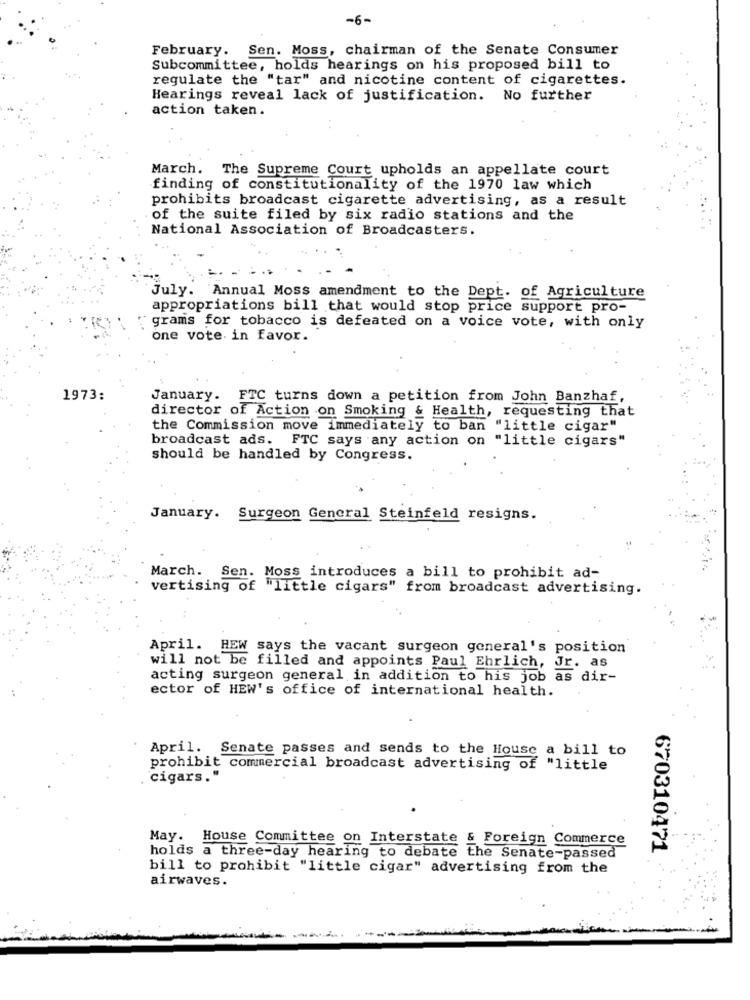
-6-
February. Sen. Moss, chairman of the Senate Consumer
Subcommittee, holds hearings on his proposed bill to
regulate the "tar" and nicotine content of cigarettes.
Hearings reveal lack of justification. No further
action taken.
March.
The Supreme Court upholds an appellate court
finding of constitutionality of the 1970 law which
prohibits broadcast cigarette advertising, as a result
of the suite filed by six radio stations and the
National Association of Broadcasters.
July. Annual Moss amendment to the Dept. of Agriculture
appropriations bill that would stop price support pro-
grams for tobacco is defeated on a voice vote, with only
one vote. in favor.
1973:
January.
FTC turns down a petition from John Banzhaf,
director of Action on Smoking & Health, requesting that
the Commission move immediately to ban "little cigar"
broadcast ads. FTC says any action on "little cigars"
should be handled by Congress.
January. Surgeon General Steinfeld resigns.
March. Sen. Moss introduces a bill to prohibit ad-
vertising of "little cigars" from broadcast advertising.
April. HEW says the vacant surgeon general's position
will not be filled and appoints Paul Ehrlich, Jr. as
acting surgeon general in addition to his job as dir-
ector of HEW's office of international health.
April. Senate passes and sends to the House a bill to
prohibit commercial broadcast advertising of "little
cigars."
May. House Committee on Interstate & Foreign Commerce
670310471
holds a three-day hearing to debate the Senate-passed
bill to prohibit "little cigar" advertising from the
airwaves.